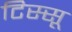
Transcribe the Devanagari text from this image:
टिस्सू